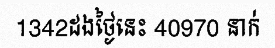
1342ដងថ្ងៃនេះ 40970 នាក់